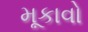
મૂકાવો